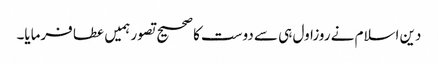
دین اسلام نے روزاول ہی سے دوست کا صحیح تصور ہمیں عطا فرمایا۔